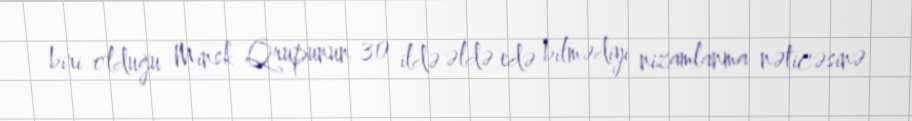
biri olduğu Minsk Qrupunun 30 ildə əldə edə bilmədiyi nizamlanma nəticəsinə